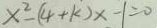
x ^ { 2 } - ( 4 + k ) x - 1 = 0